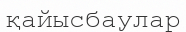
қайысбаулар